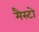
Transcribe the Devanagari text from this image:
मैस्टो